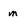
Character: m